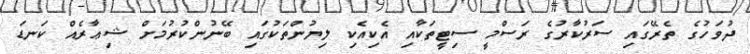
ދުވަހުގެ ތެރޭގައި ސަރުކާރުގެ ރަސްމީ ސިޓީތަކާއި އެކިއެކި ލިޔުންތަކުގައި ބޭނުންކުރުމަށް ޝިޢާރެއް ކަނޑަ